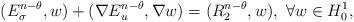
LaTeX: \begin{align*}(E_\sigma^{n-\theta},w)+(\nabla E_u^{n-\theta},\nabla w)=(R_2^{n-\theta},w),~\forall w\in H_0^1,\end{align*}